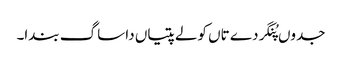
جدوں پُنگردے تاں کولے پتیاں دا ساگ بندا۔